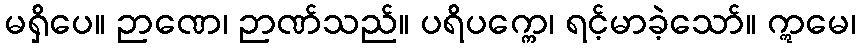
မရှိပေ။ ဉာဏေ၊ ဉာဏ်သည်။ ပရိပက္ကေ၊ ရင့်မာခဲ့သော်။ ဣမေ၊